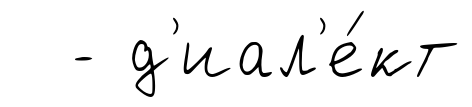
- д'иал'е́кт